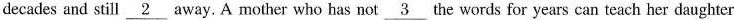
decades and still \underline{2} away. A mother who has not \underline{3}the words for years can teach her daughter